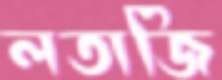
লতাজি